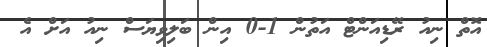
އޮތް ނިއު ރޭޑިއަންޓް އަތުން 1-0 އިން ބަލިވިޔަސް ނިއު އަށް އެ